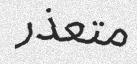
متعذر